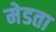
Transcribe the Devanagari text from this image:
मेडता